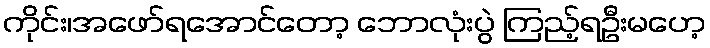
ကိုင်း၊အဖော်ရအောင်တော့ ဘောလုံးပွဲ ကြည့်ရဦးမဟေ့